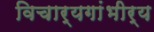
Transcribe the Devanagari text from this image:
विचार्यगांभीर्य